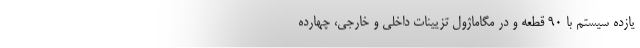
یازده سیستم با ۹۰ قطعه و در مگاماژول تزیینات داخلی و خارجی، چهارده